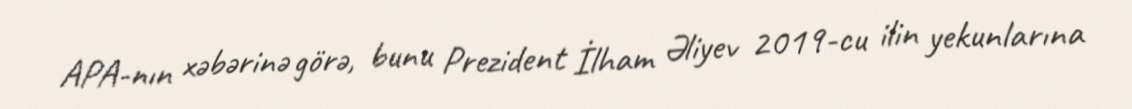
APA-nın xəbərinə görə, bunu Prezident İlham Əliyev 2019-cu ilin yekunlarına